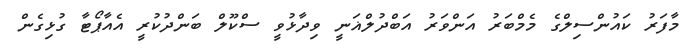
މާފަރު ކައުންސިލްގެ މެމްބަރު އަންވަރު އަބްދުލްޣަނީ ވިދާޅުވީ ސްކޫލް ބަންދުކުރީ އެއާޕޯޓާ ގުޅިގެން